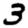
Digit: 3